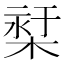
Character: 𣕓